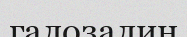
галозалин